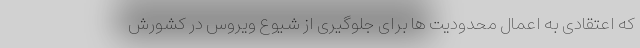
که اعتقادی به اعمال محدودیت ها برای جلوگیری از شیوع ویروس در کشورش